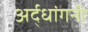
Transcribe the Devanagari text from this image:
अर्द्धांगनी